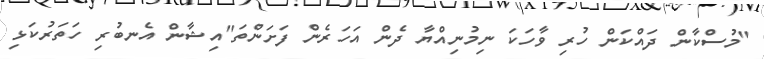
"މުސްކާން ދައްކަން ހުރި ވާހަކަ ނިމުނިއްޔާ ދެން އަހަރެން ފަށަންތަ"އިޝާން އެނބުރި ހަތަރުކަޅި